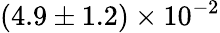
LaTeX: (4.9\pm 1.2)\times 10^{-2}